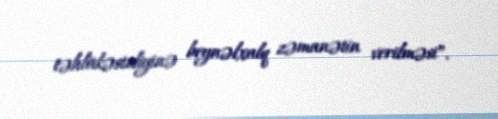
təhlükəsizliyinə beynəlxalq zəmanətin verilməsi”.